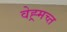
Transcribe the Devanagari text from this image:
वेह्र्मच्त